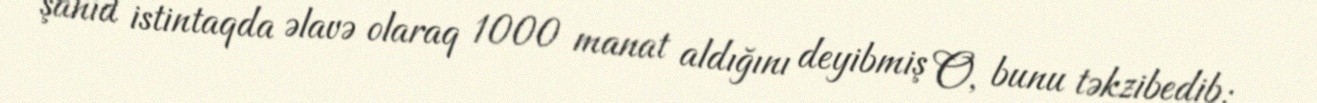
şahid istintaqda əlavə olaraq 1000 manat aldığını deyibmiş O, bunu təkzibedib: